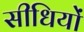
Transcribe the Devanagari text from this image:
सीधियों